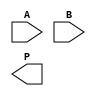
module dadda_multiplier #(parameter N = 4) (
    input [N-1:0] A, // Multiplicand
    input [N-1:0] B, // Multiplier
    output reg [2*N-1:0] P // Product
);

    // Generate partial products
    wire [N-1:0] pp [N-1:0]; // Partial products
    genvar i;
    generate
        for (i = 0; i < N; i = i + 1) begin : pp_gen
            assign pp[i] = A & {N{B[i]}}; // ANDing multiplicand with each bit of multiplier
        end
    endgenerate

    // Reduction tree
    wire [N-1:0] sum [N:0]; // Sums at each stage
    wire [N:0] carry [N:0]; // Carries at each stage

    // Initialize the first stage with partial products
    assign sum[0] = pp[0];
    assign carry[0] = 0;

    // Dadda reduction stages
    genvar stage;
    generate
        for (stage = 0; stage < N-1; stage = stage + 1) begin : reduction_stage
            if (stage == 0) begin
                // First stage: Combine partial products
                assign {carry[1], sum[1]} = pp[0] + pp[1];
                assign {carry[1], sum[1]} = pp[2] + pp[3];
            end else if (stage == 1) begin
                // Second stage: Combine results from first stage
                assign {carry[2], sum[2]} = sum[1] + pp[4];
                assign {carry[2], sum[2]} = sum[1] + pp[5];
            end else if (stage == 2) begin
                // Third stage: Combine results from second stage
                assign {carry[3], sum[3]} = sum[2] + pp[6];
                assign {carry[3], sum[3]} = sum[2] + pp[7];
            end
        end
    endgenerate

    // Final addition
    always @(*) begin
        P = sum[N-1] + carry[N-1]; // Final product
    end

endmodule